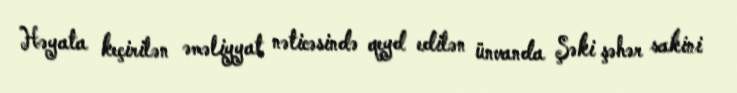
Həyata keçirilən əməliyyat nəticəsində qeyd edilən ünvanda Şəki şəhər sakini